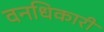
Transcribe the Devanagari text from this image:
वनधिकारी